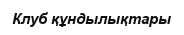
Клуб құндылықтары